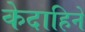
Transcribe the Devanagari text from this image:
केदाहिने